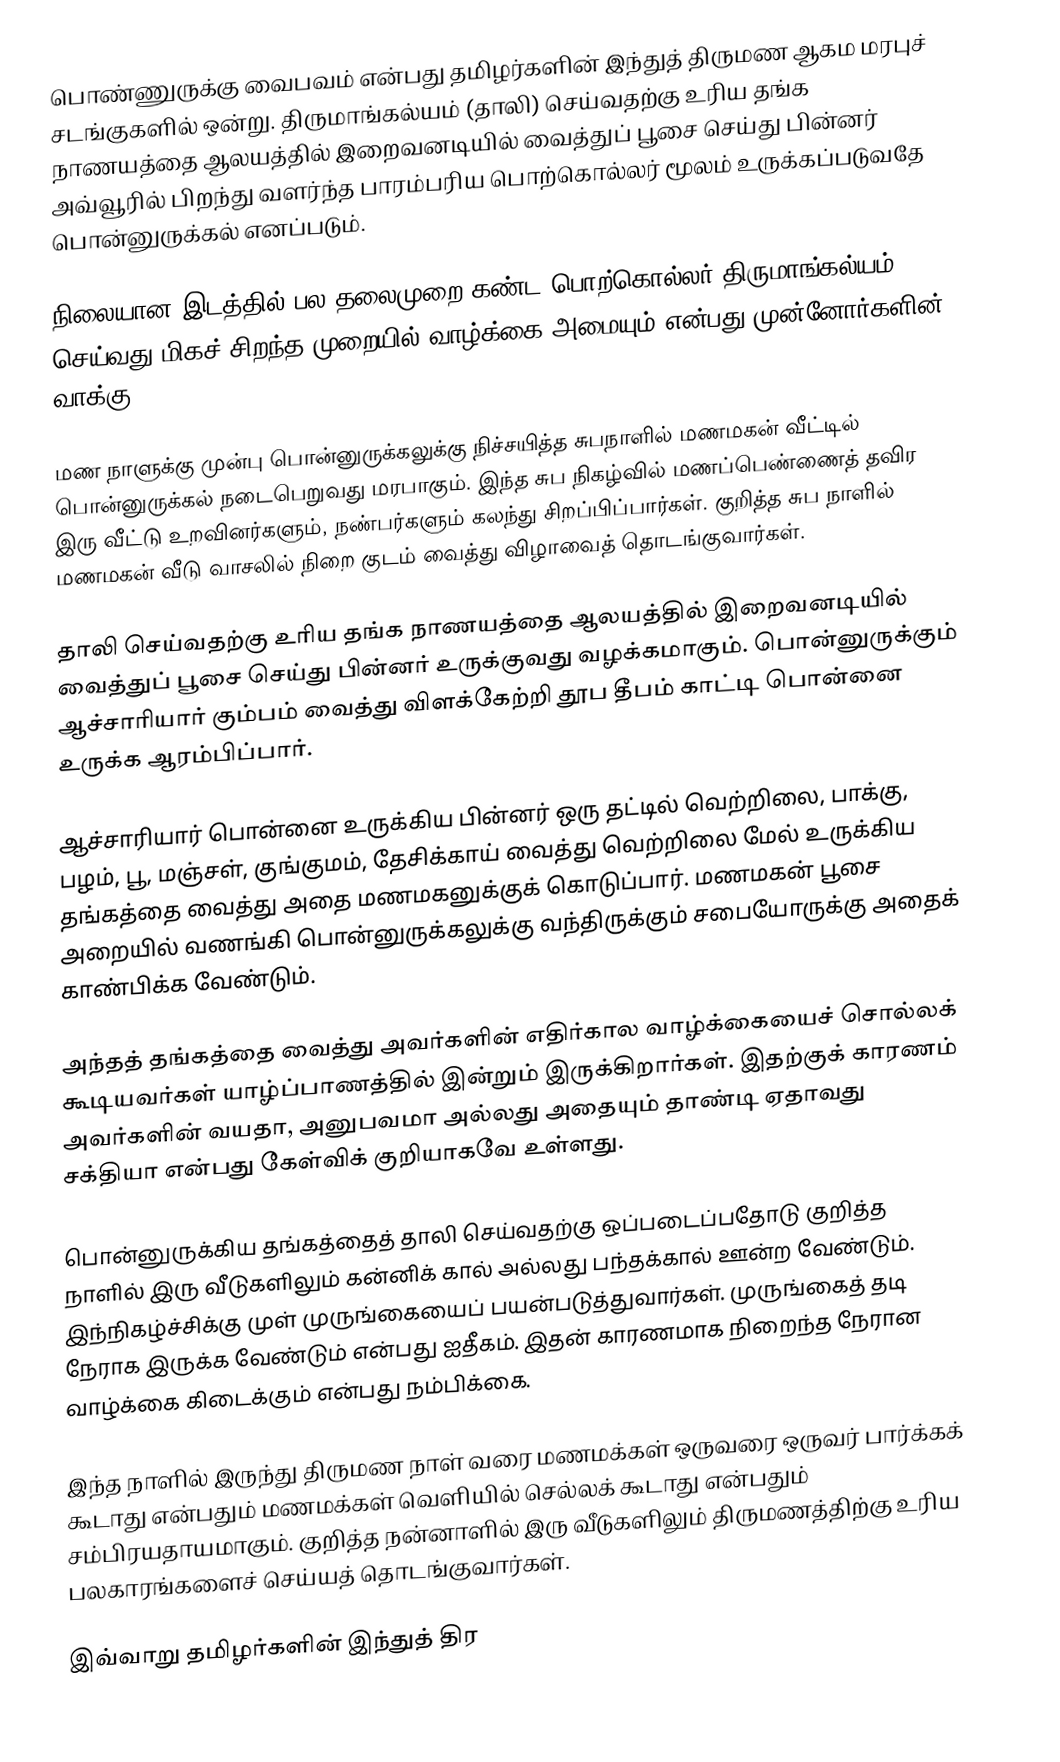
பொண்ணுருக்கு வைபவம் என்பது தமிழர்களின் இந்துத் திருமண ஆகம மரபுச் சடங்குகளில் ஒன்று. திருமாங்கல்யம் (தாலி) செய்வதற்கு உரிய தங்க நாணயத்தை ஆலயத்தில் இறைவனடியில் வைத்துப் பூசை செய்து பின்னர் அவ்வூரில் பிறந்து வளர்ந்த பாரம்பரிய பொற்கொல்லர் மூலம் உருக்கப்படுவதே  பொன்னுருக்கல் எனப்படும்.

நிலையான இடத்தில் பல தலைமுறை கண்ட பொற்கொல்லர் திருமாங்கல்யம் செய்வது மிகச் சிறந்த முறையில் வாழ்க்கை அமையும் என்பது முன்னோர்களின் வாக்கு.

மண நாளுக்கு முன்பு பொன்னுருக்கலுக்கு நிச்சயித்த சுபநாளில் மணமகன் வீட்டில் பொன்னுருக்கல் நடைபெறுவது மரபாகும். இந்த சுப நிகழ்வில் மணப்பெண்ணைத் தவிர இரு வீட்டு உறவினர்களும், நண்பர்களும் கலந்து சிறப்பிப்பார்கள். குறித்த சுப நாளில் மணமகன் வீடு வாசலில் நிறை குடம் வைத்து விழாவைத் தொடங்குவார்கள்.

தாலி செய்வதற்கு உரிய தங்க நாணயத்தை ஆலயத்தில் இறைவனடியில் வைத்துப் பூசை செய்து பின்னர் உருக்குவது வழக்கமாகும். பொன்னுருக்கும் ஆச்சாரியார் கும்பம் வைத்து விளக்கேற்றி தூப தீபம் காட்டி பொன்னை உருக்க ஆரம்பிப்பார்.

ஆச்சாரியார் பொன்னை உருக்கிய பின்னர் ஒரு தட்டில் வெற்றிலை, பாக்கு, பழம், பூ, மஞ்சள், குங்குமம், தேசிக்காய் வைத்து வெற்றிலை மேல் உருக்கிய தங்கத்தை வைத்து அதை மணமகனுக்குக் கொடுப்பார். மணமகன் பூசை அறையில் வணங்கி பொன்னுருக்கலுக்கு வந்திருக்கும் சபையோருக்கு அதைக் காண்பிக்க வேண்டும்.

அந்தத் தங்கத்தை வைத்து அவர்களின் எதிர்கால வாழ்க்கையைச் சொல்லக் கூடியவர்கள் யாழ்ப்பாணத்தில் இன்றும் இருக்கிறார்கள். இதற்குக் காரணம் அவர்களின் வயதா, அனுபவமா அல்லது அதையும் தாண்டி ஏதாவது சக்தியா என்பது கேள்விக் குறியாகவே உள்ளது.

பொன்னுருக்கிய தங்கத்தைத் தாலி செய்வதற்கு ஒப்படைப்பதோடு குறித்த நாளில் இரு வீடுகளிலும் கன்னிக் கால் அல்லது பந்தக்கால் ஊன்ற வேண்டும். இந்நிகழ்ச்சிக்கு முள் முருங்கையைப் பயன்படுத்துவார்கள். முருங்கைத் தடி நேராக இருக்க வேண்டும் என்பது ஐதீகம். இதன் காரணமாக நிறைந்த நேரான வாழ்க்கை கிடைக்கும் என்பது நம்பிக்கை.

இந்த நாளில் இருந்து திருமண நாள் வரை மணமக்கள் ஒருவரை ஒருவர் பார்க்கக் கூடாது என்பதும் மணமக்கள் வெளியில் செல்லக் கூடாது என்பதும் சம்பிரயதாயமாகும். குறித்த நன்னாளில் இரு வீடுகளிலும் திருமணத்திற்கு உரிய பலகாரங்களைச் செய்யத் தொடங்குவார்கள்.

இவ்வாறு தமிழர்களின் இந்துத் திர